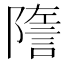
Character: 𧨧